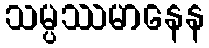
သမ္ပဿမာနေန